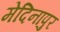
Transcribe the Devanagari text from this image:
मेदिनापुर